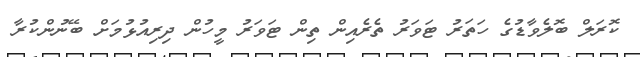
ކޮރަލް ބޮލެވާޑުގެ ހަތަރު ޓަވަރުު ތެރެއިން ތިން ޓަވަރު މީހުން ދިރިއުޅުމަށް ބޭނުންކުރާ